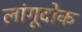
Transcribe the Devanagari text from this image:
लांगूदोक